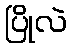
ပြိုလဲ